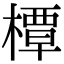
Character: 橝